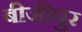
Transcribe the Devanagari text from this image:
बीजीपुर